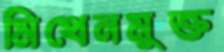
মিথেনমুক্ত